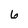
Character: 6